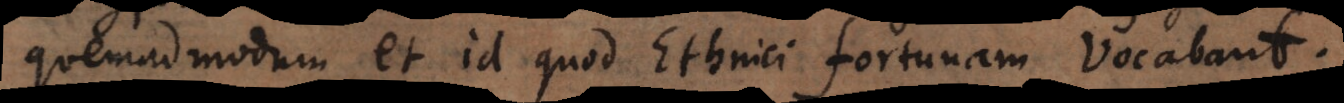
quemadmodum et id quod Ethnici fortunam vocabant.